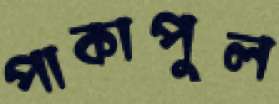
পাকাপুল